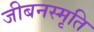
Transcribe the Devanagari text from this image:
जीबनस्मृति